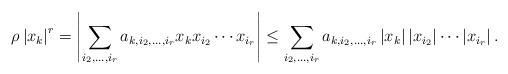
LaTeX: \begin{align*}\rho\left\vert x_{k}\right\vert ^{r}=\left\vert \sum_{i_{2},\ldots,i_{r}}a_{k,i_{2},\ldots,i_{r}}x_{k}x_{i_{2}}\cdots x_{i_{r}}\right\vert \leq\sum_{i_{2},\ldots,i_{r}}a_{k,i_{2},\ldots,i_{r}}\left\vert x_{k}\right\vert|x_{i_{2}}|\cdots\left\vert x_{i_{r}}\right\vert . \end{align*}